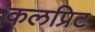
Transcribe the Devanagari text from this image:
कलप्रिट